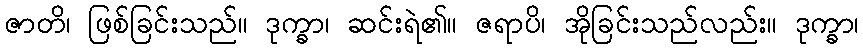
ဇာတိ၊ ဖြစ်ခြင်းသည်။ ဒုက္ခာ၊ ဆင်းရဲ၏။ ဇရာပိ၊ အိုခြင်းသည်လည်း။ ဒုက္ခာ၊